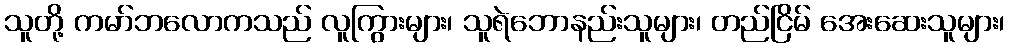
သူတို့ ကမာ်ဘလောကသည် လူကြွားများ၊ သူရဲဘောနည်းသူများ၊ တည်ငြိမ် အေးဆေးသူများ၊